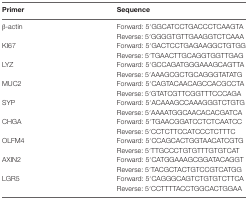
<table><thead><tr><td><b>Primer</b></td><td><b>Sequence</b></td></tr></thead><tbody><tr><td rowspan="2">β-actin</td><td>Forward: 5′GGCATCCTGACCCTCAAGTA</td></tr><tr><td>Reverse: 5′GGGGTGTTGAAGGTCTCAAA</td></tr><tr><td rowspan="2">KI67</td><td>Forward: 5′GACTCCTGAGAAGGCTGTGG</td></tr><tr><td>Reverse: 5′TGAACTTGCAGGTGGTTGAG</td></tr><tr><td rowspan="2">LYZ</td><td>Forward: 5′GCCAGATGGGAAAGCAGTTA</td></tr><tr><td>Reverse: 5′AAAGCGCTGCAGGGTATATG</td></tr><tr><td rowspan="2">MUC2</td><td>Forward: 5′CAGTACAACAGCCACGCCTA</td></tr><tr><td>Reverse: 5′GTATCGTTCGGTTTCCCAGA</td></tr><tr><td rowspan="2">SYP</td><td>Forward: 5′ACAAAGCCAAAGGGTCTGTG</td></tr><tr><td>Reverse: 5′AAAATGGCAACACACGATCA</td></tr><tr><td rowspan="2">CHGA</td><td>Forward: 5′TGAACGGATCCTCTCAATCC</td></tr><tr><td>Reverse: 5′CCTCTTCCATCCCTCTTTC</td></tr><tr><td rowspan="2">OLFM4</td><td>Forward: 5′CCAGCACTGGTAACATCGTG</td></tr><tr><td>Reverse: 5′TTGCCCTGTGTTTGTGTCAT</td></tr><tr><td rowspan="2">AXIN2</td><td>Forward: 5′CATGGAAAGCGGATACAGGT</td></tr><tr><td>Reverse: 5′TACGCTACTGTCCGTCATGG</td></tr><tr><td rowspan="2">LGR5</td><td>Forward: 5′CAGGGCAGTCTGTGTCTTCA</td></tr><tr><td>Reverse: 5′CCTTTTACCTGGCACTGGAA</td></tr></tbody></table>